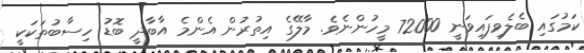
ކަމުގައި ބެލެވިފައިވަނީ 72000 މީހުންނެވެ. މާލޭގެ އިތުރުން އެންމެ އާބާދީ ބޮޑު ހިސާބުތަކަކީ